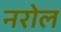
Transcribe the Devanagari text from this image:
नरोल